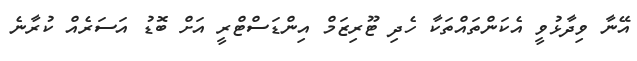
އޭނާ ވިދާޅުވީ އެކަންތައްތަކާ ހެދި ޓޫރިޒަމް އިންޑަސްޓްރީ އަށް ބޮޑު އަސަރެއް ކުރާނެ